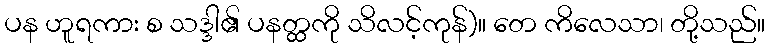
ပန ဟူရကား စ သဒ္ဒါ၏ ပနတ္ထကို သိလင့်ကုန်)။ တေ ကိလေသာ၊ တို့သည်။